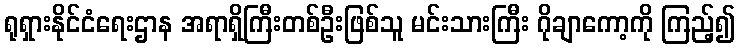
ရုရှားနိုင်ငံရေးဌာန အရာရှိကြီးတစ်ဦးဖြစ်သူ မင်းသားကြီး ဂိုချာကော့ကို ကြည့်၍